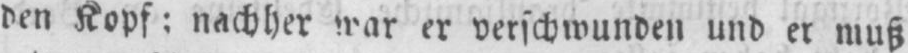
den Kopf: nachher war er verschwunden und er muß